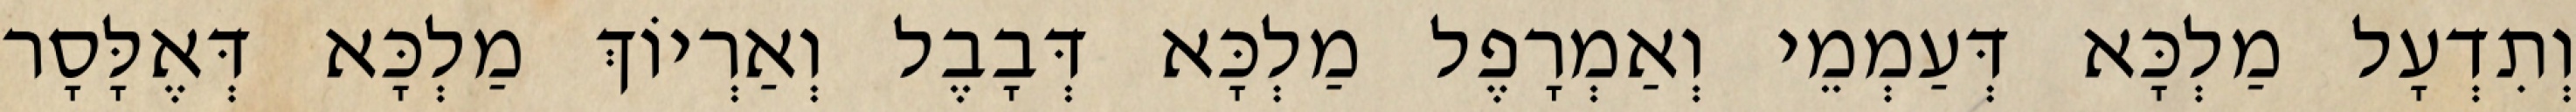
וְתִדְעָל מַלְכָּא דְּעַמְמֵי וְאַמְרָפֶל מַלְכָּא דְּבָבֶל וְאַרְיוֹךְ מַלְכָּא דְּאֶלָּסָר